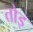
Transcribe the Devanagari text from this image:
तोइ